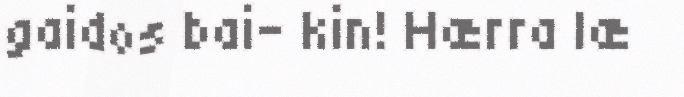
gaidos bai- kin! Hærra læ